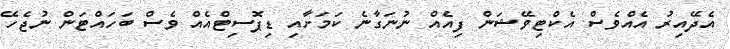
އެދޭއިރު އެއްވެސް އެކްޓިވޭޝަން ފިއެއް ނުނަގާނެ ކަމަށާއި ޑިޕޮސިޓްއެއް ވެސް ބަހައްޓަން ނުޖެހޭ